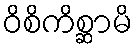
ဝိစိကိစ္ဆာမိ